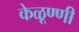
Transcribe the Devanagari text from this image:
केळूण्णी